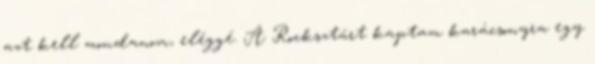
azt kell mondanom, eléggé. A Rocksztárt kaptam karácsonyra egy